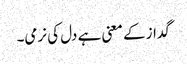
گداز کے معنی ہے دل کی نرمی۔